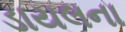
ડાયલના